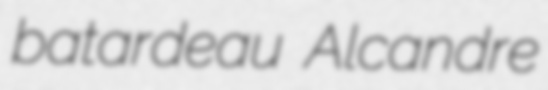
batardeau Alcandre